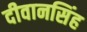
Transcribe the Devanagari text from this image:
दीवानसिंह